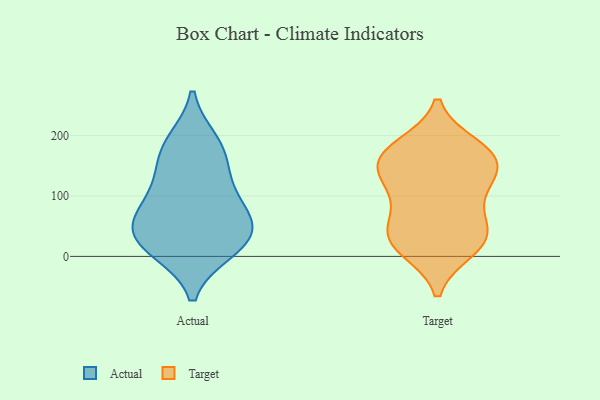
{"axis": {"x": "Temperature (°C)", "y": "Value"}, "legend": ["Actual", "Target"], "data": [{"x": "", "y": 101, "type": "Actual"}, {"x": "", "y": 121, "type": "Actual"}, {"x": "", "y": 51, "type": "Actual"}, {"x": "", "y": 53, "type": "Actual"}, {"x": "", "y": 10, "type": "Actual"}, {"x": "", "y": 48, "type": "Actual"}, {"x": "", "y": 182, "type": "Actual"}, {"x": "", "y": 155, "type": "Actual"}, {"x": "", "y": 73, "type": "Actual"}, {"x": "", "y": 13, "type": "Actual"}, {"x": "", "y": 190, "type": "Actual"}, {"x": "", "y": 21, "type": "Actual"}, {"x": "", "y": 24, "type": "Target"}, {"x": "", "y": 157, "type": "Target"}, {"x": "", "y": 48, "type": "Target"}, {"x": "", "y": 17, "type": "Target"}, {"x": "", "y": 173, "type": "Target"}, {"x": "", "y": 99, "type": "Target"}, {"x": "", "y": 111, "type": "Target"}, {"x": "", "y": 174, "type": "Target"}, {"x": "", "y": 12, "type": "Target"}, {"x": "", "y": 126, "type": "Target"}, {"x": "", "y": 182, "type": "Target"}, {"x": "", "y": 53, "type": "Target"}, {"x": "", "y": 148, "type": "Target"}, {"x": "", "y": 38, "type": "Target"}, {"x": "", "y": 153, "type": "Target"}]}